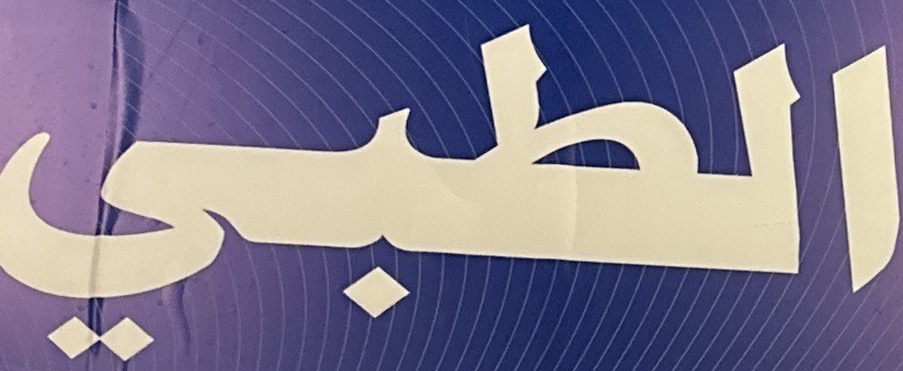
الطبي